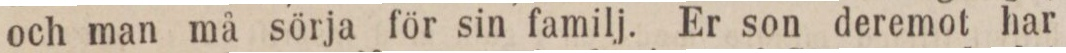
och man må sörja för sin familj. Er son deremot har